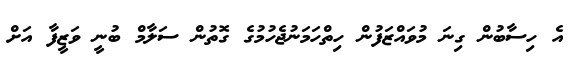
އެ ހިސާބުން ގިނަ މުވައްޒަފުން ހިތްހަމަނުޖެހުމުގެ ގޮތުން ސަލާމް ބުނީ ވަޒީފާ އަށް